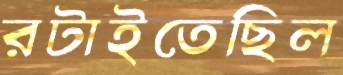
রটাইতেছিল